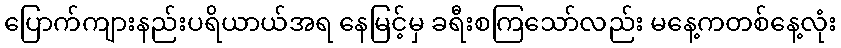
ပြောက်ကျားနည်းပရိယာယ်အရ နေမြင့်မှ ခရီးစကြသော်လည်း မနေ့ကတစ်နေ့လုံး